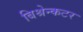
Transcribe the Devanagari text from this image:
बिश्रेन्कटर